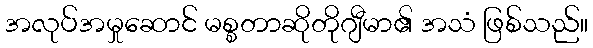
အလုပ်အမှုဆောင် မစ္စတာဆိုတိုဂျီမာ၏ အသံ ဖြစ်သည်။